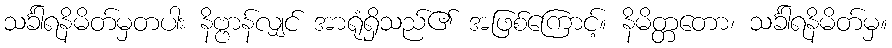
သင်္ခါရနိမိတ်မှတပါး နိဗ္ဗာန်လျှင် အာရုံရှိသည်၏ အဖြစ်ကြောင့်။ နိမိတ္တတော၊ သင်္ခါရနိမိတ်မှ။